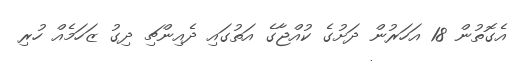
އެގޮތުން 18 އަހަރުން ދަށުގެ ކުއްޖާގެ އަތުގައި ދެއިންޗި ދިގު ޒަހަމެއް ހުރި